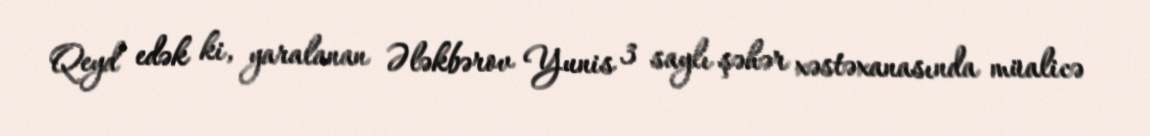
Qeyd edək ki, yaralanan Ələkbərov Yunis 3 saylı şəhər xəstəxanasında müalicə